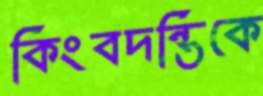
কিংবদন্তিকে